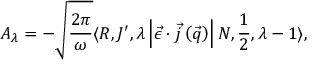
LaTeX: A _ { \lambda } = - \sqrt { \frac { 2 \pi } { \omega } } \langle R , J ^ { \prime } , \lambda \left| \vec { \epsilon } \cdot \vec { j } \left( \vec { q } \right) \right| N , \frac { 1 } { 2 } , \lambda - 1 \rangle ,